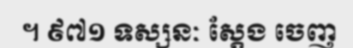
។ ៩៧១ ទស្សនៈ ស្តែង ចេញ